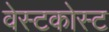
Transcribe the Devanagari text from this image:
वेस्टकोस्ट